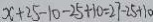
x + 2 5 - 1 0 - 2 5 + 1 0 = 2 7 - 2 5 + 1 0